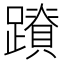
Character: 𮜛